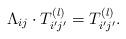
LaTeX: \begin{align*}\Lambda_{ij}\cdot T_{i'j'}^{(l)}=T_{i'j'}^{(l)}.\end{align*}